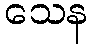
သေန